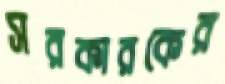
সরকারকের